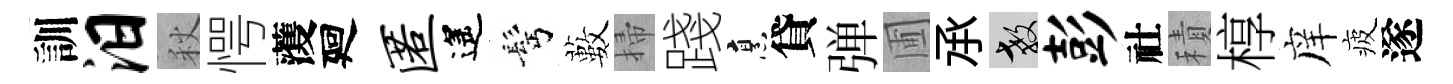
訓汨秋愕𮑮廻匿遙髩藪掃踐烹貸弹圃𠄘教彭社積椁庠疲遂